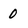
Character: 0